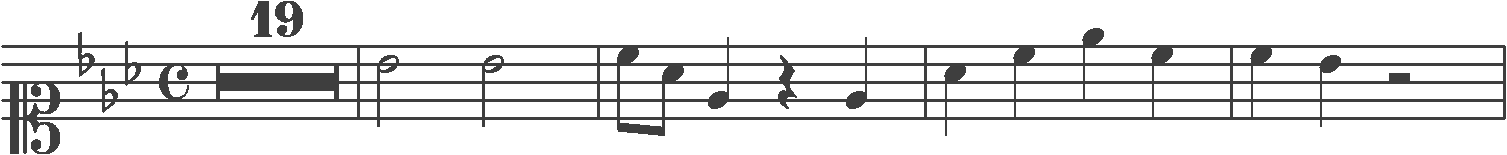
Transcription: clef-C1 keySignature-EbM timeSignature-C multirest-19 barline note-Bb4_half note-Bb4_half barline note-C5_eighth note-Ab4_eighth note-Eb4_quarter rest-quarter note-Eb4_quarter barline note-Ab4_quarter note-C5_quarter note-Eb5_quarter note-C5_quarter barline note-C5_quarter note-Bb4_quarter rest-half barline